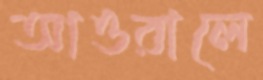
আওরালে